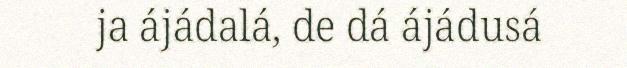
ja ájádalá, de dá ájádusá